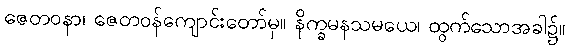
ဇေတဝနာ၊ ဇေတဝန်ကျောင်းတော်မှ။ နိက္ခမနသမယေ၊ ထွက်သောအခါ၌။